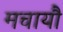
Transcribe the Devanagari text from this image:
मचायौ